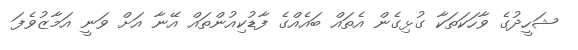
ޝަހީދުގެ ވާހަކަތަކާ ގުޅިގެން އެތައް ބައެއްގެ ފާޑުކިއުންތައް އޭނާ އަށް ވަނީ އަމާޒުވެފަ